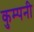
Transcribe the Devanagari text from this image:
कुम्पनी